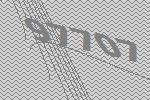
97707